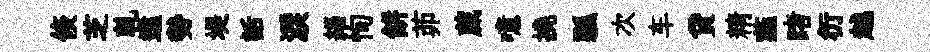
倐芝乹遠勢堤話淚緇恂餅茆蕆噫撓瓢次车貸精薤睹衍越